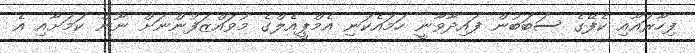
ފިހާރައާއި ކެފޭގެ ސަބަބުން ފައިދާވާނީ ހަމައެކަނި އެމްޕީއެލްގެ މުވައްޒަފުންނަށް ނޫން ކަމަށާއި އެ